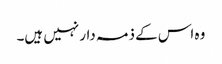
وہ اس کے ذمہ دار نہیں ہیں۔